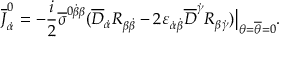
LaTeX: \overline { { J } } _ { \dot { \alpha } } ^ { 0 } = - { \frac { i } { 2 } } \overline { { \sigma } } ^ { 0 \dot { \beta } \beta } ( \overline { { D } } _ { \dot { \alpha } } R _ { \beta \dot { \beta } } - 2 \varepsilon _ { \dot { \alpha } \dot { \beta } } \overline { { D } } ^ { \dot { \gamma } } R _ { \beta \dot { \gamma } } ) \bigr | _ { \theta = \overline { { \theta } } = 0 } .